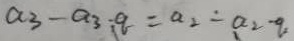
a _ { 3 } - a _ { 3 } \cdot q = a _ { 2 } - a _ { 2 } - q